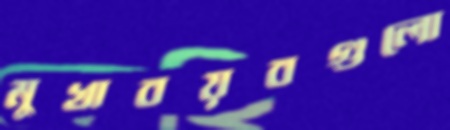
মুখাবয়বগুলো